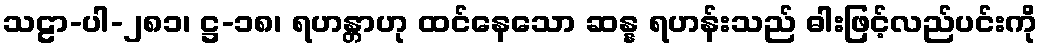
သဠာ-ပါ-၂၈၁၊ ဋ္ဌ-၁၈၊ ရဟန္တာဟု ထင်နေသော ဆန္န ရဟန်းသည် ဓါးဖြင့်လည်ပင်းကို